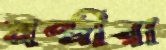
মন্ত্রীরা